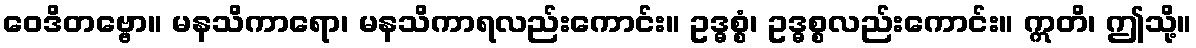
ဝေဒိတဗ္ဗော။ မနသိကာရော၊ မနသိကာရလည်းကောင်း။ ဥဒ္ဓစ္စံ၊ ဥဒ္ဓစ္စလည်းကောင်း။ ဣတိ၊ ဤသို့။